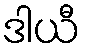
ဒါယီ